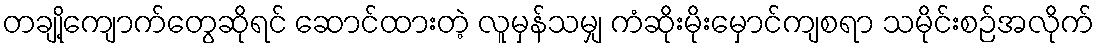
တချို့ကျောက်တွေဆိုရင် ဆောင်ထားတဲ့ လူမှန်သမျှ ကံဆိုးမိုးမှောင်ကျစရာ သမိုင်းစဉ်အလိုက်